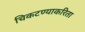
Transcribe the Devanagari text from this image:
चिकटण्याकरिता